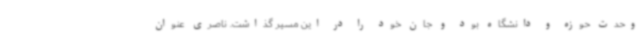
وحدت حوزه و دانشگاه بود و جان خود را در این مسیر گذاشت. ناصری عنوان